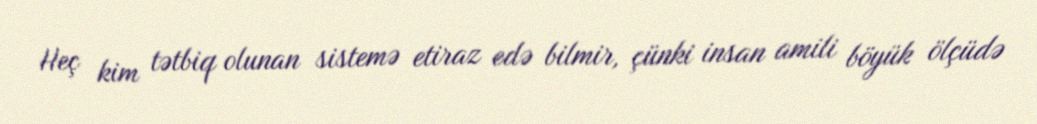
Heç kim tətbiq olunan sistemə etiraz edə bilmir, çünki insan amili böyük ölçüdə